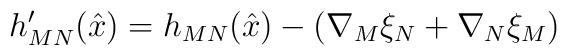
h^\prime_{MN}(\hat{x}) =  h_{MN}(\hat{x}) -\left( \nabla_M \xi_N + \nabla_N \xi_M\right)